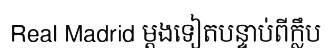
Real Madrid ម្តងទៀតបន្ទាប់ពីក្លឹប